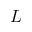
L